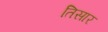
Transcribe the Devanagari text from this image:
तिसार